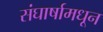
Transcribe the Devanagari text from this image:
संघार्षामधून